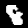
Label: 8